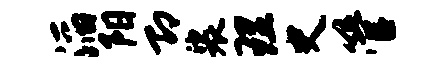
滔阳即裟理史管